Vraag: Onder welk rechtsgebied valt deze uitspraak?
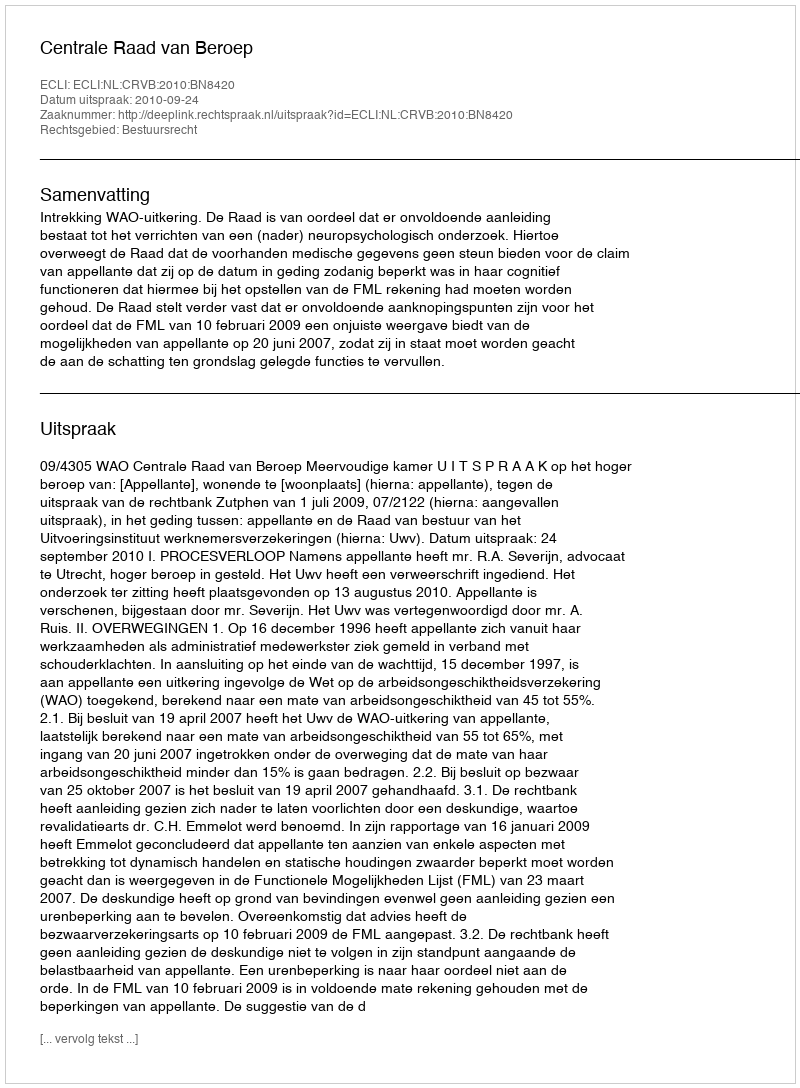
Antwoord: Bestuursrecht